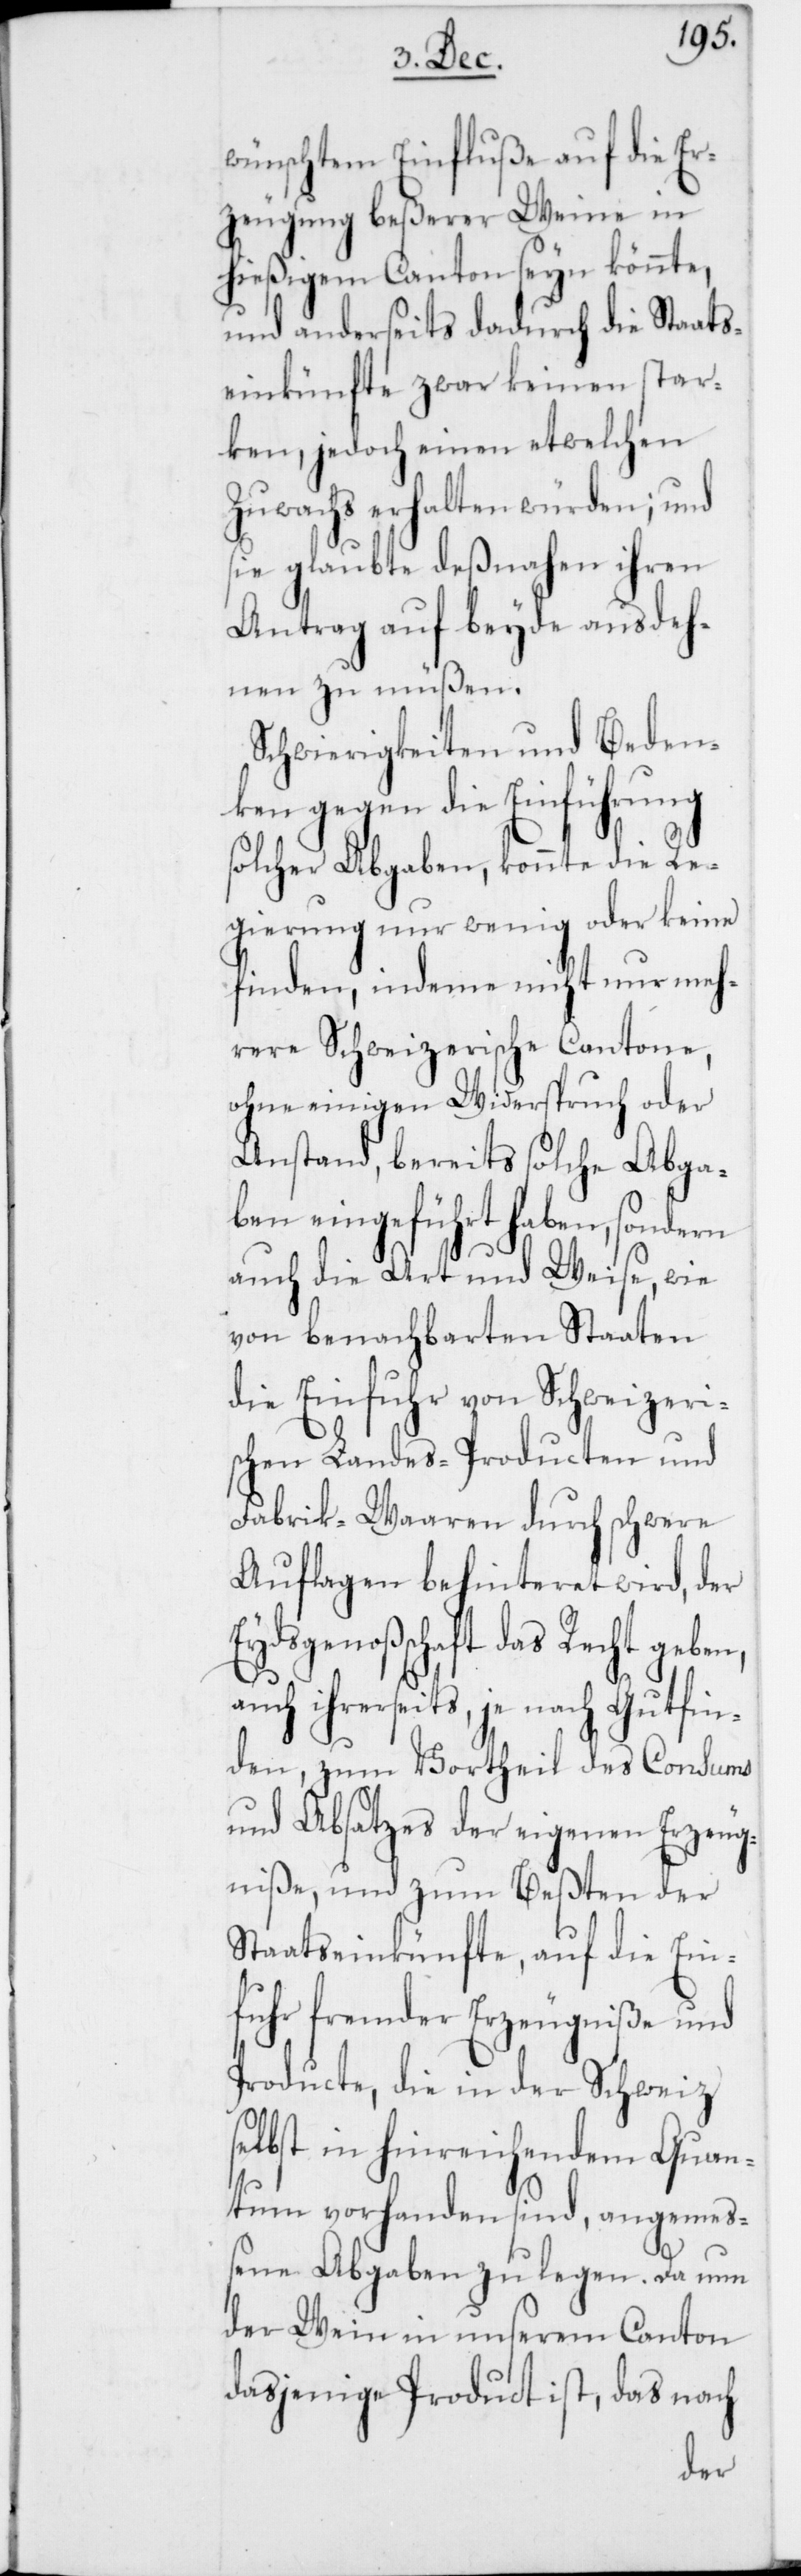
wünschtem Einfluße auf die Er¬
zeugung beßerer Weine in
hießigem Canton seyn könnte,
und anderseits dadurch die Staats¬
einkünfte zwar keinen star¬
ken, jedoch einen etwelchen
Zuwachs erhalten würden; und
sie glaubte deßnahen ihren
Antrag auf beyde ausdeh¬
nen zu müßen.
Schwierigkeiten und Beden¬
ken gegen die Einführung
solcher Abgaben, konnte die Re¬
gierung nur wenig oder keine
finden, indeme nicht nur meh¬
rere Schweizerische Cantone,
ohne einigen Widerspruch oder
Anstand, bereits solche Abga¬
ben eingeführt haben, sondern
auch die Art und Weise, wie
von benachbarten Staaten
die Einfuhr von schweizeri¬
schen Landes-Producten und
Fabrik-Waaren durch schwere
Auflagen behinderet wird, der
Eydsgenoßschaft das Recht geben,
auch ihrerseits, je nach Gutfin¬
den, zum Vortheil des Consums
und Absatzes der eigenen Erzeug¬
niße, und zum Beßten der
Staatseinkünfte, auf die Ein¬
fuhr fremder Erzeugniße und
Producte, die in der Schweiz
selbst in hinreichendem Quan¬
tum vorhanden sind, angemeß¬
ene Abgaben zu legen. Da nun
der Wein in unserem Canton
dasjenige Product ist, das nach